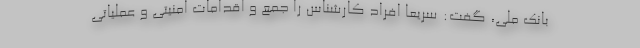
بانک ملی، گفت: سریعاً افراد کارشناس را جمع و اقدامات امنیتی و عملیاتی